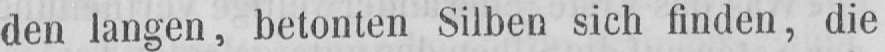
den langen, betonten Silben sich finden, die